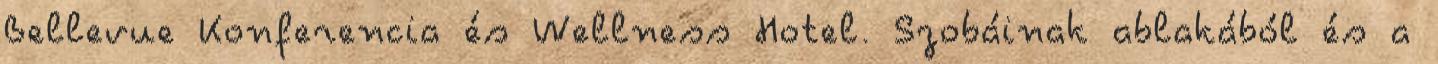
Bellevue Konferencia és Wellness Hotel. Szobáinak ablakából és a